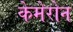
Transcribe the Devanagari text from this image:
केमेरोन